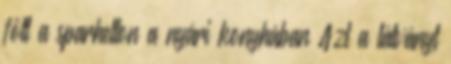
főtt a sparhelton a nyári konyhában Azt a látványt